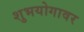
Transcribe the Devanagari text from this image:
शुभयोगावर